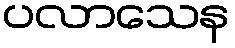
ပလာသေန